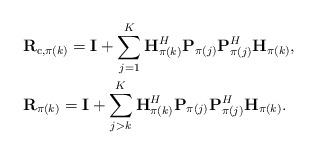
LaTeX: \begin{align*}\begin{aligned}&\mathbf{R}_{\mathrm{c},{\pi(k)}}=\mathbf{I}+\sum_{j=1}^K\mathbf{H}_{\pi(k)}^H\mathbf{P}_{\pi(j)}\mathbf{P}_{\pi(j)}^H\mathbf{H}_{\pi(k)},\\&\mathbf{R}_{\pi(k)}=\mathbf{I}+\sum_{j>k}^K\mathbf{H}_{\pi(k)}^H\mathbf{P}_{\pi(j)}\mathbf{P}_{\pi(j)}^H\mathbf{H}_{\pi(k)}.\end{aligned}\end{align*}